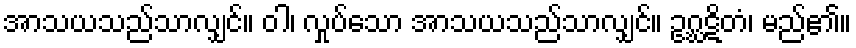
အာသယသည်သာလျှင်။ ဝါ၊ လှုပ်သော အာသယသည်သာလျှင်။ ဥဂ္ဃဋိတံ၊ မည်၏။